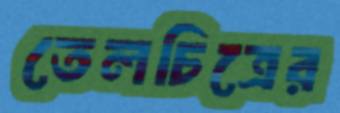
তেলচিত্রের